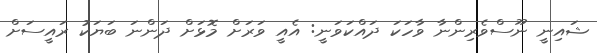
ޝައިނީ ނޫސްވެރިންނާ ވާހަކަ ދައްކަވަނީ: އެއީ ވަރަށް މޮޅަށް ދަންނަ ބަޔަކު ރައީސަށް